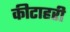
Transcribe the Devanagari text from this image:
कीटाहरी